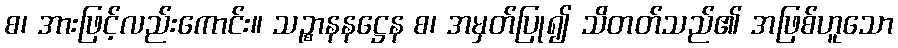
စ၊ အားဖြင့်လည်းကောင်း။ သဉ္စာနနဋ္ဌေန စ၊ အမှတ်ပြု၍ သိတတ်သည်၏ အဖြစ်ဟူသော